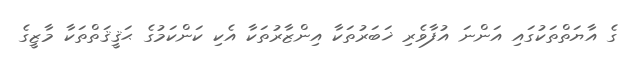
ގެ އާޔަތްތަކުގައި އަންނަ އުފާވެރި ޚަބަރުތަކާ އިންޒާރުތަކާ އެކި ކަންކަމުގެ ޙަޤީޤަތްތަކާ މާޒީގެ